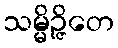
သမ္မိဉ္ဇိတေ